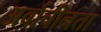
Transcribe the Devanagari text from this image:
अर्वाचीनता